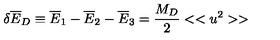
\delta { \overline { E } } _ { D } \equiv { \overline { E } } _ { 1 } - { \overline { E } } _ { 2 } - { \overline { E } _ { 3 } } = { \frac { M _ { D } } { 2 } } < < u ^ { 2 } > >